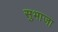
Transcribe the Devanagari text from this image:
सुभाजा